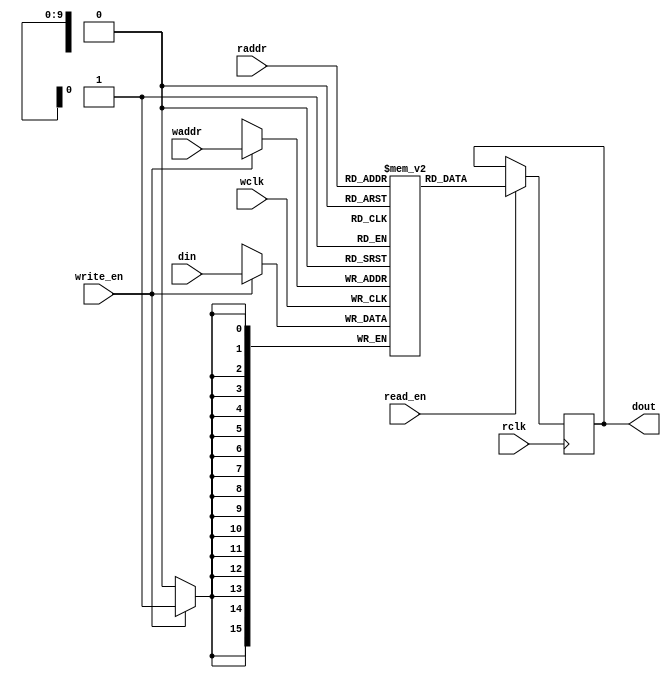
module dual_port_block_ram 
#(
    parameter data_width = 16,
    parameter addr_width = 10, // 10 = 1024 block depth
    parameter ram_content = "NONE",
    parameter initial_content_size = 0
)
(
    input [data_width-1:0] din,
    input [addr_width-1:0] waddr,
    input [addr_width-1:0] raddr,
    input write_en, 
    input read_en,
    input wclk, 
    input rclk,
    output reg [data_width-1:0] dout
);

    // Block RAM (infered)
    reg [data_width-1:0] mem [(1<<addr_width)-1:0];
    
    initial begin
        if (ram_content != "NONE") begin
            $readmemb(ram_content, mem, 0, initial_content_size);
        end
    end

    always @(posedge wclk) // Write memory.
    begin
    if (write_en)
        mem[waddr] <= din; // Using write address bus.
    end
    always @(posedge rclk) // Read memory.
    begin
    if (read_en) begin
        dout <= mem[raddr]; // Using read address bus.
    end
    end

endmodule